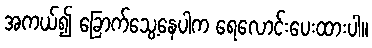
အကယ်၍ ခြောက်သွေ့နေပါက ရေလောင်းပေးထားပါ။